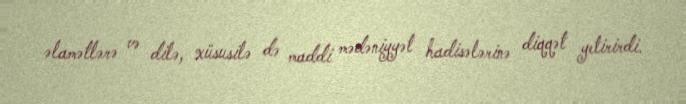
əlamətlərə və dilə, xüsusilə də maddi mədəniyyət hadisələrinə diqqət yetirirdi.